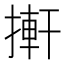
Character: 搟